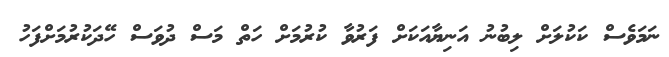
ނަމަވެސް ކަކުލަށް ލިބުނު އަނިޔާއަކަށް ފަރުވާ ކުރުމަށް ހަތް މަސް ދުވަސް ހޭދަކުރުމަށްފަހު